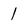
Character: 1